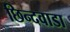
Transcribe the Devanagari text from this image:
छिन्दवाडा